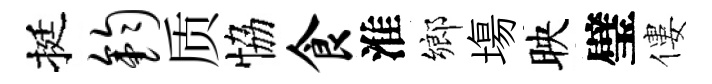
挺钧质恊食淮鄉塲映璧僂